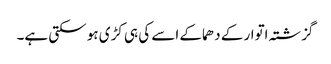
گزشتہ اتوار کے دھماکے اسے کی ہی کڑی ہو سکتی ہے۔